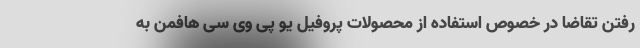
رفتن تقاضا در خصوص استفاده از محصولات پروفیل یو پی وی سی هافمن به